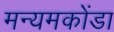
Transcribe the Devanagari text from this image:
मन्यमकोंडा